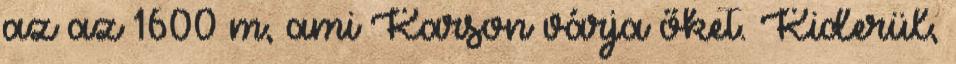
az az 1600 m, ami Karson várja őket. Kiderül,